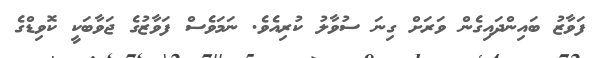
ފަވާޒު ބައިންދައިގެން ވަރަށް ގިނަ ސުވާލު ކުރިއެވެ. ނަމަވެސް ފަވާޒުގެ ޖަވާބަކީ ކޮވިޑްގެ